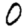
Digit: 0